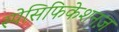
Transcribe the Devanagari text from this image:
स्पेसिफिकेशनज़